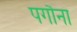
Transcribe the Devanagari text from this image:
पगौना